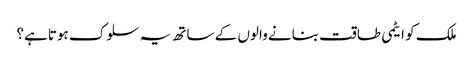
ملک کو ایٹمی طاقت بنانے والوں کے ساتھ یہ سلوک ہوتاہے؟